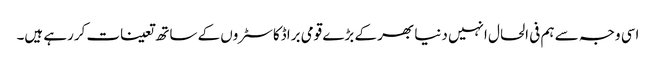
اسی وجہ سے ہم فی الحال انہیں دنیا بھر کے بڑے قومی براڈکاسٹروں کے ساتھ تعینات کررہے ہیں۔